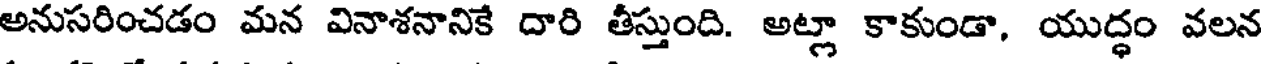
అనుసరించడం మన వినాశనానికే దారి తీస్తుంది. అట్లా కాకుండా, యుద్ధం వలన